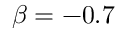
\beta = - 0 . 7